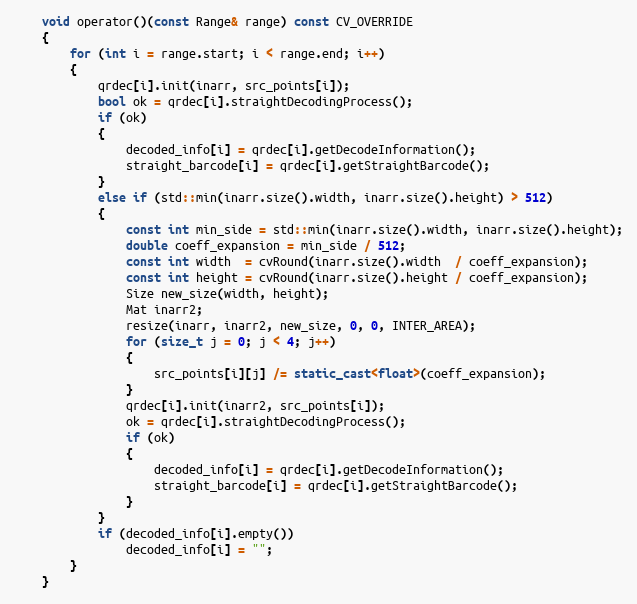
Language: C++
    void operator()(const Range& range) const CV_OVERRIDE
    {
        for (int i = range.start; i < range.end; i++)
        {
            qrdec[i].init(inarr, src_points[i]);
            bool ok = qrdec[i].straightDecodingProcess();
            if (ok)
            {
                decoded_info[i] = qrdec[i].getDecodeInformation();
                straight_barcode[i] = qrdec[i].getStraightBarcode();
            }
            else if (std::min(inarr.size().width, inarr.size().height) > 512)
            {
                const int min_side = std::min(inarr.size().width, inarr.size().height);
                double coeff_expansion = min_side / 512;
                const int width  = cvRound(inarr.size().width  / coeff_expansion);
                const int height = cvRound(inarr.size().height / coeff_expansion);
                Size new_size(width, height);
                Mat inarr2;
                resize(inarr, inarr2, new_size, 0, 0, INTER_AREA);
                for (size_t j = 0; j < 4; j++)
                {
                    src_points[i][j] /= static_cast<float>(coeff_expansion);
                }
                qrdec[i].init(inarr2, src_points[i]);
                ok = qrdec[i].straightDecodingProcess();
                if (ok)
                {
                    decoded_info[i] = qrdec[i].getDecodeInformation();
                    straight_barcode[i] = qrdec[i].getStraightBarcode();
                }
            }
            if (decoded_info[i].empty())
                decoded_info[i] = "";
        }
    }